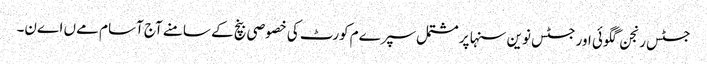
جسٹس رنجن گگوئی اور جسٹس نوین سنہا پر مشتمل سپرےم کورٹ کی خصوصی بنچ کے سامنے آج آسام مےں اےن۔